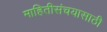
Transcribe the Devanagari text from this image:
माहितीसंचयासाठी